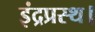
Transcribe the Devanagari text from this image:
इंद्रप्रस्थ।